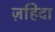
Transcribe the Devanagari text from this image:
ज़हिदा